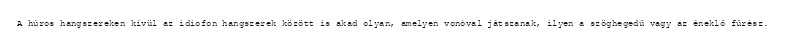
A húros hangszereken kívül az idiofon hangszerek között is akad olyan, amelyen vonóval játszanak, ilyen a szöghegedű vagy az éneklő fűrész.